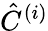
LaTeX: \hat{C}^{\left(i\right)}